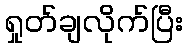
ရှုတ်ချလိုက်ပြီး